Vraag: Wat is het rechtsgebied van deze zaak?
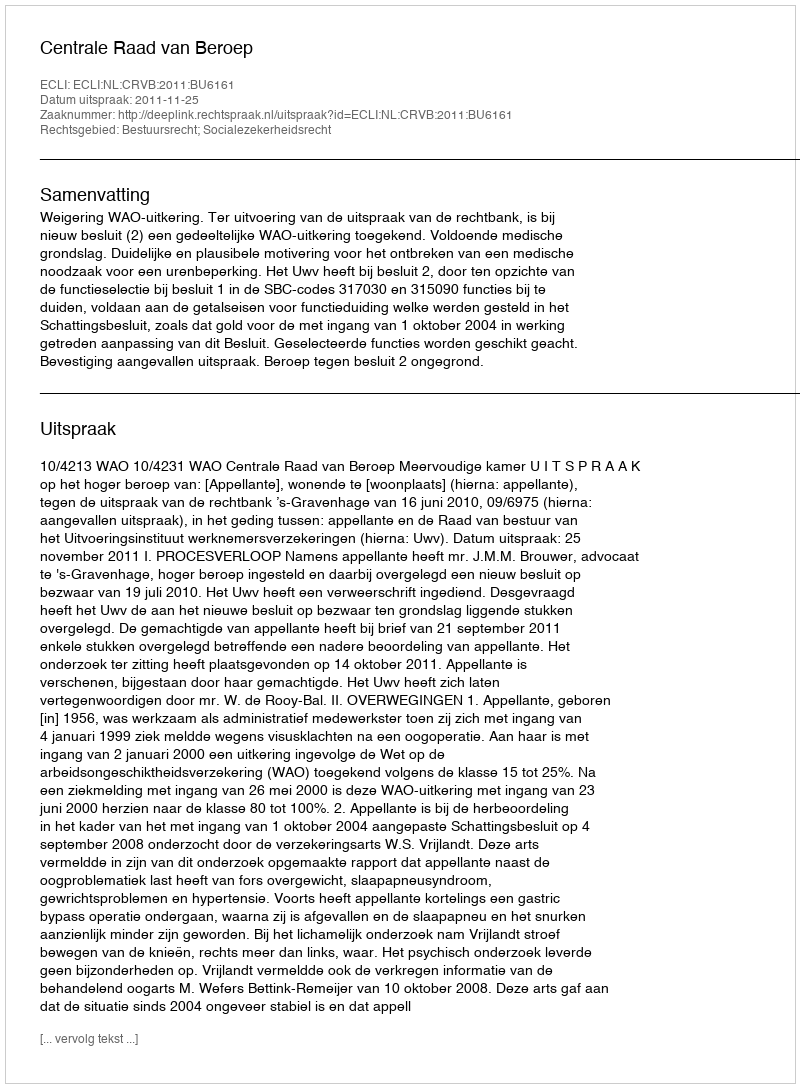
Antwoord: Bestuursrecht; Socialezekerheidsrecht